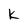
Character: k